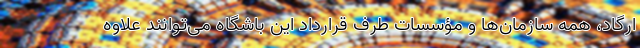
ارگاد، همه سازمان‌ها و مؤسسات طرف قرارداد این باشگاه می‌توانند علاوه